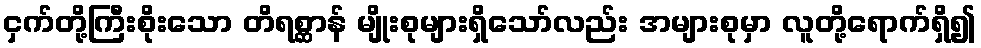
ငှက်တို့ကြီးစိုးသော တိရစ္ဆာန် မျိုးစုများရှိသော်လည်း အများစုမှာ လူတို့ရောက်ရှိ၍